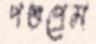
পশুপ্রেম